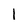
Character: 1